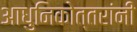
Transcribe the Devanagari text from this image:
आधुनिकोत्तरांनी